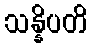
သန္နိပတိ